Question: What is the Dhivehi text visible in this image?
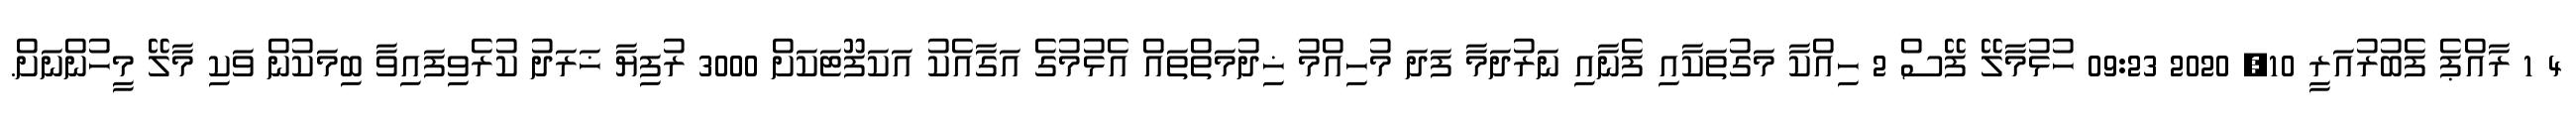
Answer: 4 1 ރާއްޕެ ފެބުރުއަރީ 10, 2020 09:23 ހުޅުމާލޭ ފޭސް 2 ހިއްކާ މަގުތަކާއި ފެނާއި ނަރުދަމާ ފަދަ މުހިއްމު ޚިދުމަތްތައް އެޅުމުގެ އަގާއެކު އަކަފޫޓަކަށް 3000 ރުފިޔާ ޚަރަދު ކުރެވިފައިވާ ބިމަކުން ވަކި މާލޭ މީހުންނަށް.